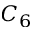
C _ { 6 }